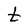
Character: t